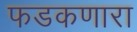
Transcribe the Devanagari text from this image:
फडकणारा